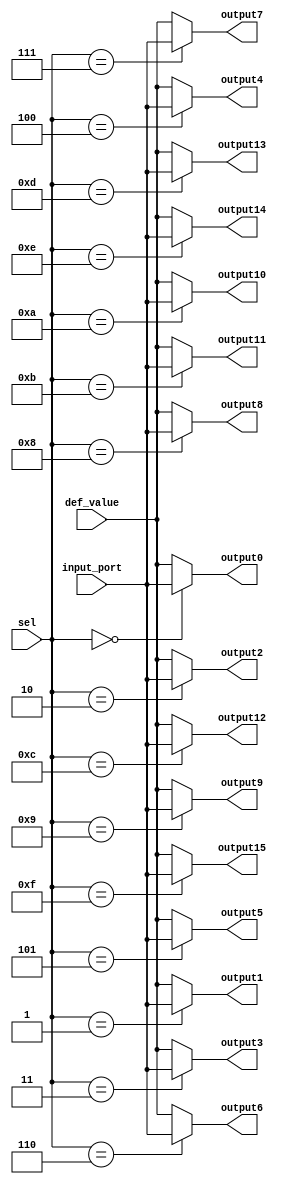
//
// Verilog Module mopshub_lib.demux1_31bit
//
// Created:
//          by - dcs.dcs (chipdev2.physik.uni-wuppertal.de)
//          at - 18:32:33 06/04/21
//
// using Mentor Graphics HDL Designer(TM) 2019.4 (Build 4)
//

`resetall
`timescale 1ns/10ps
module demux1_16_1bit( 
  input    wire            def_value,
  input    wire    [4:0]   sel,
  input    wire            input_port,  
  output   wire            output0, 
  output   wire            output1, 
  output   wire            output2, 
  output   wire            output3, 
  output   wire            output4, 
  output   wire            output5, 
  output   wire            output6, 
  output   wire            output7, 
  output   wire            output8, 
  output   wire            output9, 
  output   wire            output10, 
  output   wire            output11, 
  output   wire            output12, 
  output   wire            output13, 
  output   wire            output14, 
  output   wire            output15
  );

  reg output0_reg; 
  reg output1_reg; 
  reg output2_reg; 
  reg output3_reg; 
  reg output4_reg; 
  reg output5_reg; 
  reg output6_reg; 
  reg output7_reg; 
  reg output8_reg; 
  reg output9_reg;  
  reg output10_reg;  
  reg output11_reg;  
  reg output12_reg;  
  reg output13_reg;  
  reg output14_reg;  
  reg output15_reg;  

initial 
  begin 
   output0_reg  = 1'b0;  
   output1_reg  = 1'b0;  
   output2_reg  = 1'b0;  
   output3_reg  = 1'b0;
   output4_reg  = 1'b0;  
   output5_reg  = 1'b0;  
   output6_reg  = 1'b0;  
   output7_reg  = 1'b0;  
   output8_reg  = 1'b0;
   output9_reg  = 1'b0;     
   output10_reg = 1'b0;  
   output11_reg = 1'b0;  
   output12_reg = 1'b0;  
   output13_reg = 1'b0;  
   output14_reg = 1'b0;  
   output15_reg = 1'b0;  
  end
 assign  output0  = output0_reg; 
 assign  output1  = output1_reg; 
 assign  output2  = output2_reg; 
 assign  output3  = output3_reg; 
 assign  output4  = output4_reg; 
 assign  output5  = output5_reg; 
 assign  output6  = output6_reg; 
 assign  output7  = output7_reg; 
 assign  output8  = output8_reg; 
 assign  output9  = output9_reg;  
 assign  output10 = output10_reg; 
 assign  output11 = output11_reg; 
 assign  output12 = output12_reg; 
 assign  output13 = output13_reg; 
 assign  output14 = output14_reg; 
 assign  output15 = output15_reg; 



 

  always @(*)
  begin
 output0_reg  = def_value; 
 output1_reg  = def_value; 
 output2_reg  = def_value; 
 output3_reg  = def_value; 
 output4_reg  = def_value; 
 output5_reg  = def_value; 
 output6_reg  = def_value; 
 output7_reg  = def_value; 
 output8_reg  = def_value; 
 output9_reg  = def_value; 
 output10_reg = def_value; 
 output11_reg = def_value; 
 output12_reg = def_value; 
 output13_reg = def_value; 
 output14_reg = def_value; 
 output15_reg = def_value; 
    case (sel)
      5'h0  : output0_reg   = input_port;
      5'h1  : output1_reg   = input_port;
      5'h2  : output2_reg   = input_port;
      5'h3  : output3_reg   = input_port;
      5'h4  : output4_reg   = input_port;
      5'h5  : output5_reg   = input_port;
      5'h6  : output6_reg   = input_port;
      5'h7  : output7_reg   = input_port;
      5'h8  : output8_reg   = input_port;
      5'h9  : output9_reg   = input_port;
      5'hA  : output10_reg  = input_port;
      5'hB  : output11_reg  = input_port;
      5'hC  : output12_reg  = input_port;
      5'hD  : output13_reg  = input_port;
      5'hE  : output14_reg  = input_port;
      5'hF  : output15_reg  = input_port;   
      default:
        begin
         output0_reg  = def_value; 
         output1_reg  = def_value; 
         output2_reg  = def_value; 
         output3_reg  = def_value; 
         output4_reg  = def_value; 
         output5_reg  = def_value; 
         output6_reg  = def_value; 
         output7_reg  = def_value; 
         output8_reg  = def_value; 
         output9_reg  = def_value; 
         output10_reg = def_value; 
         output11_reg = def_value; 
         output12_reg = def_value; 
         output13_reg = def_value; 
         output14_reg = def_value; 
         output15_reg = def_value;     
        end
    endcase
  end
  
endmodule